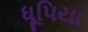
ધૂપિયા